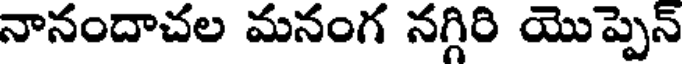
నానందాచల మనంగ నగ్గిరి యొప్పెన్